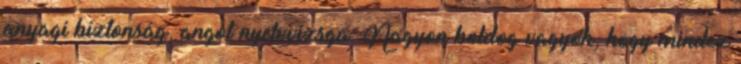
anyagi biztonság, angol nyelvvizsga. Nagyon boldog vagyok, hogy mindez